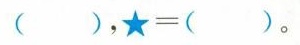
( )$$，$$★ = ( )$$。